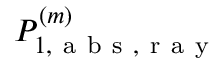
{ P } _ { 1 , \mathrm { ~ a ~ b ~ s ~ , ~ r ~ a ~ y ~ } } ^ { ( m ) }